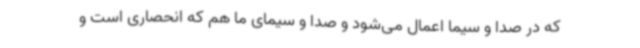
که در صدا و سیما اعمال می‌شود و صدا و سیمای ما هم که انحصاری است و